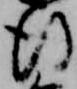
行